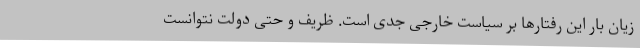
زیان بار این رفتارها بر سیاست خارجی جدی است. ظریف و حتی دولت نتوانست